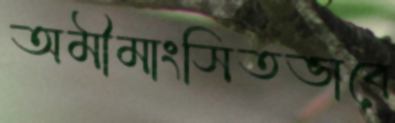
অমীমাংসিতভাবে